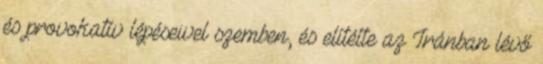
és provokatív lépéseivel szemben, és elítélte az Iránban lévő